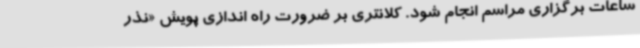
ساعات برگزاری مراسم انجام شود. کلانتری بر ضرورت راه اندازی پویش «نذر